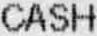
CASH